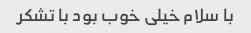
با سلام خیلی خوب بود با تشکر